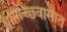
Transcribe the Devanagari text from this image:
श्वासोच्छ्वासात